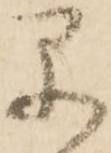
早